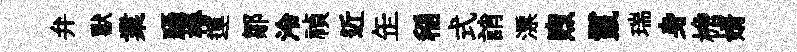
弁獸業躡椿運鄒泠禎近𦈢稲式誚漂煦鬣瑞身檐婿